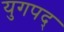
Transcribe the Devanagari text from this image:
युगपद्